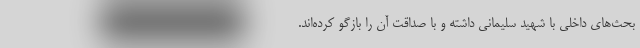
بحث‌های داخلی با شهید سلیمانی داشته‌ و با صداقت آن را بازگو کرده‌اند.